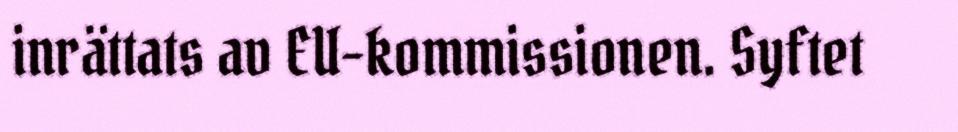
inrättats av EU-kommissionen. Syftet